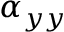
\alpha _ { y y }